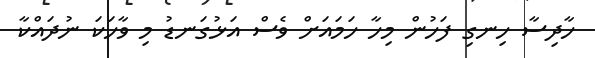
ހާދިސާ ހިނގި ފަހުން މިހާ ހަމައަށް ވެސް އަޅުގަނޑު މި ވާހަކަ ނުދައްކާ